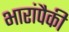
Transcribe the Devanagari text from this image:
भारांपैकी